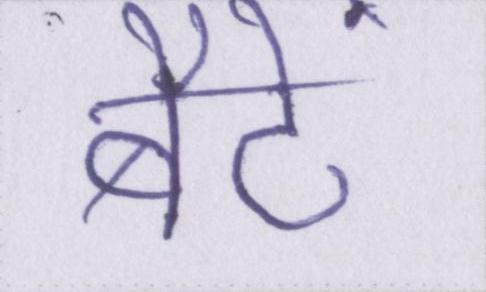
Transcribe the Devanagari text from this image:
बैठें